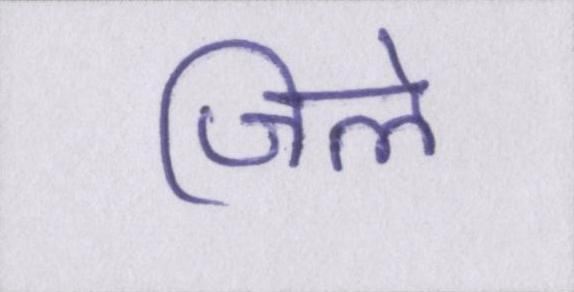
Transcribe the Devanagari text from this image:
जिले